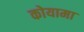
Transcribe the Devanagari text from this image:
कोयामा